Insane asylums in Bengal annual reports 1867-1875 - 1867-1875
Year: 1867
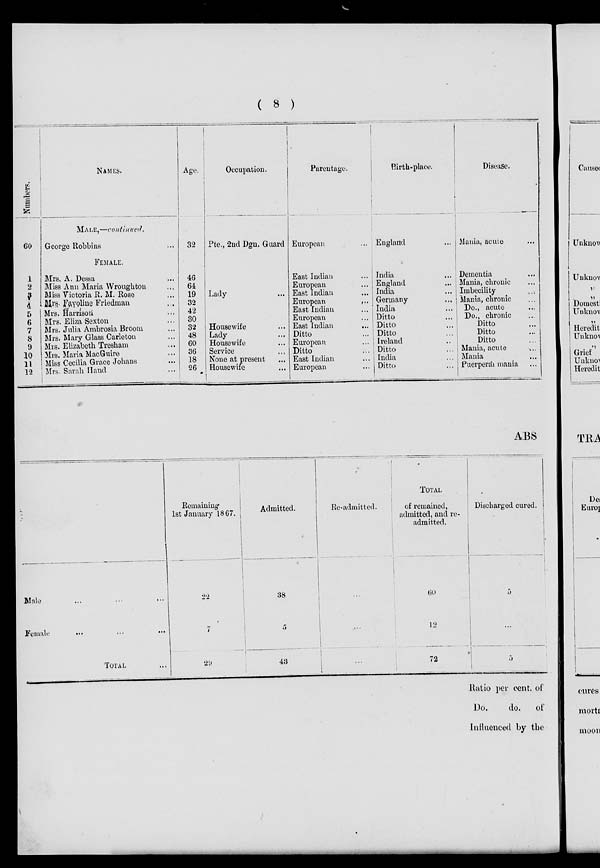
( 8 )
Numbers.
60
1
2
3
4
5
6
7
8
9
10
11
12
NAMES
MALE,—continued.
George Robbins ...
FEMALE.
Mrs. A. Dessa ...
Miss Ann Maria Wroughton ...
Miss Victoria R. M. Rose ...
Mrs. Fayoline Friedman ...
Mrs. Harrison ...
Mrs. Eliza Sexton ...
Mrs. Julia Ambrosia Broom ...
Mrs. Mary Glass Carleton ...
Mrs. Elizabeth Tresham ...
Mrs. Maria MacGuire ...
Miss Cecilia Grace Johans ...
Mrs. Sarah Hand ...
Age.
32
46
64
19
32
42
30
32
48
60
36
18
26
Occupation.
Pte., 2nd Dgn. Guard
Lady ...
Housewife ...
Lady ...
Housewife ...
Service ...
None at present ...
Housewife ...
Parentage.
European ...
East Indian ...
European ...
East Indian ...
European
...
East Indian ...
European ...
East Indian ...
Ditto ...
European ...
Ditto ...
East Indian ...
European ...
Birth-place.
England ...
India ...
England ...
India ...
Germany ...
India ...
Ditto ...
Ditto ...
Ditto ...
Ireland ...
Ditto ...
India ...
Ditto ...
Disease.
Mania, acute ...
Dementia ...
Mania, chronic ...
Imbecility ...
Mania, chronic ...
Do., acute ...
Do., chronic ...
Ditto ...
Ditto ...
Ditto ...
Mania, acute ...
Mania ...
Puerperal mania ...
ABS
Male ... ... ...
Female
...
...
...
TOTAL ...
Remaining
1st January 1867.
22
7
29
Admitted.
38
5
43
Re-admitted.
...
...
...
TOTAL
of remained,
admitted, and re-
admitted.
60
12
72
Discharged cured.
5
...
5
Ratio per cent. of
Do.
do. of
Influenced by the